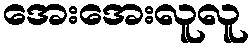
အေးအေးလူလူ